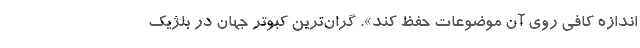
اندازه کافی روی آن موضوعات حفظ کند». گران‌ترین کبوتر جهان در بلژیک